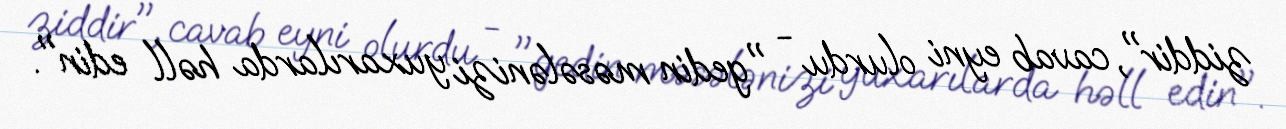
ziddir", cavab eyni olurdu - "gedin məsələnizi yuxarılarda həll edin".